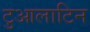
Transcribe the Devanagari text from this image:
टुआलाटिन